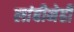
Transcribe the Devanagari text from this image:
लांबीनेही